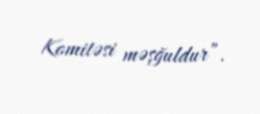
Komitəsi məşğuldur”.